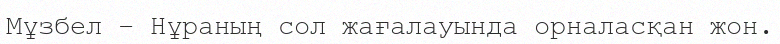
Мұзбел – Нұраның сол жағалауында орналасқан жон.